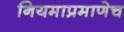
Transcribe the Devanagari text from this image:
नियमाप्रमाणेच